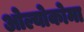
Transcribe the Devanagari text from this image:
ओल्योकोमा